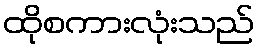
ထိုစကားလုံးသည်